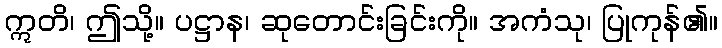
ဣတိ၊ ဤသို့။ ပဋ္ဌာန၊ ဆုတောင်းခြင်းကို။ အကံသု၊ ပြုကုန်၏။